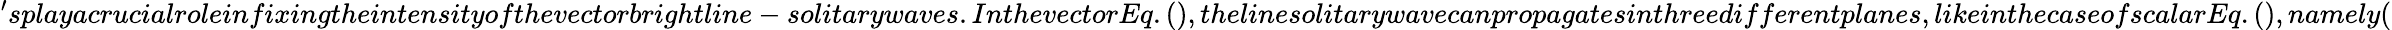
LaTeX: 'splayacrucialroleinfixingtheintensityofthevectorbrightline-solitarywaves.InthevectorEq.(),thelinesolitarywavecanpropagatesinthreedifferentplanes,likeinthecaseofscalarEq.(),namely(